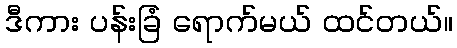
ဒီကား ပန်းခြံ ရောက်မယ် ထင်တယ်။